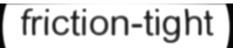
friction-tight